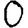
Digit: 0